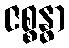
ဇစ္စန္ဓာ